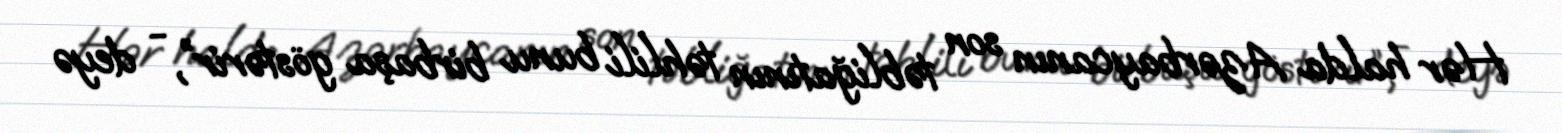
Hər halda Azərbaycanın son təbliğatının təhlili bunu birbaşa göstərir”, - deyə